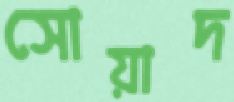
সোয়াদ